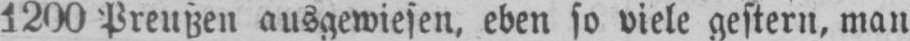
1200 Preußen ausgewiesen, eben so viele gestern, man